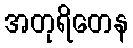
အတုရိတေန